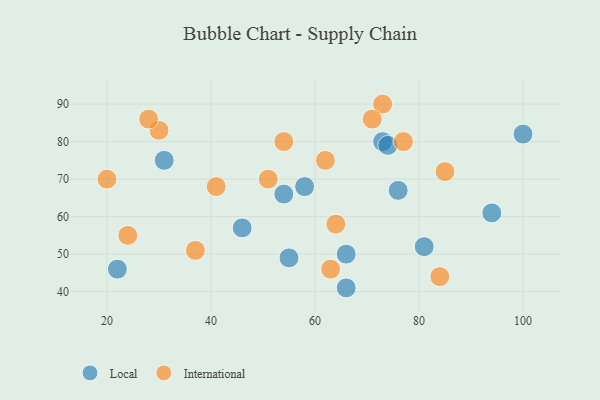
{"axis": {"x": "GDP", "y": "Life Expectancy"}, "legend": ["International", "Local"], "data": [{"x": "94", "y": 61, "type": "Local"}, {"x": "76", "y": 67, "type": "Local"}, {"x": "81", "y": 52, "type": "Local"}, {"x": "66", "y": 41, "type": "Local"}, {"x": "46", "y": 57, "type": "Local"}, {"x": "73", "y": 80, "type": "Local"}, {"x": "58", "y": 68, "type": "Local"}, {"x": "31", "y": 75, "type": "Local"}, {"x": "22", "y": 46, "type": "Local"}, {"x": "74", "y": 79, "type": "Local"}, {"x": "66", "y": 50, "type": "Local"}, {"x": "100", "y": 82, "type": "Local"}, {"x": "54", "y": 66, "type": "Local"}, {"x": "55", "y": 49, "type": "Local"}, {"x": "63", "y": 46, "type": "International"}, {"x": "62", "y": 75, "type": "International"}, {"x": "73", "y": 90, "type": "International"}, {"x": "51", "y": 70, "type": "International"}, {"x": "84", "y": 44, "type": "International"}, {"x": "24", "y": 55, "type": "International"}, {"x": "85", "y": 72, "type": "International"}, {"x": "37", "y": 51, "type": "International"}, {"x": "64", "y": 58, "type": "International"}, {"x": "71", "y": 86, "type": "International"}, {"x": "54", "y": 80, "type": "International"}, {"x": "77", "y": 80, "type": "International"}, {"x": "41", "y": 68, "type": "International"}, {"x": "30", "y": 83, "type": "International"}, {"x": "28", "y": 86, "type": "International"}, {"x": "20", "y": 70, "type": "International"}]}